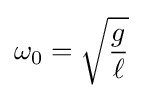
\omega _{0}={\sqrt {\frac {g}{\ell }}}